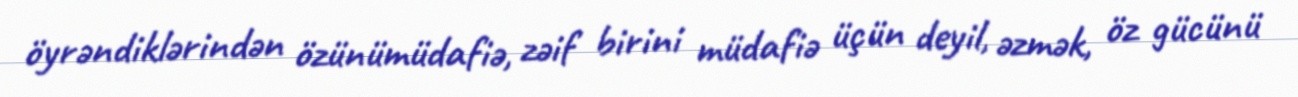
öyrəndiklərindən özünümüdafiə, zəif birini müdafiə üçün deyil, əzmək, öz gücünü